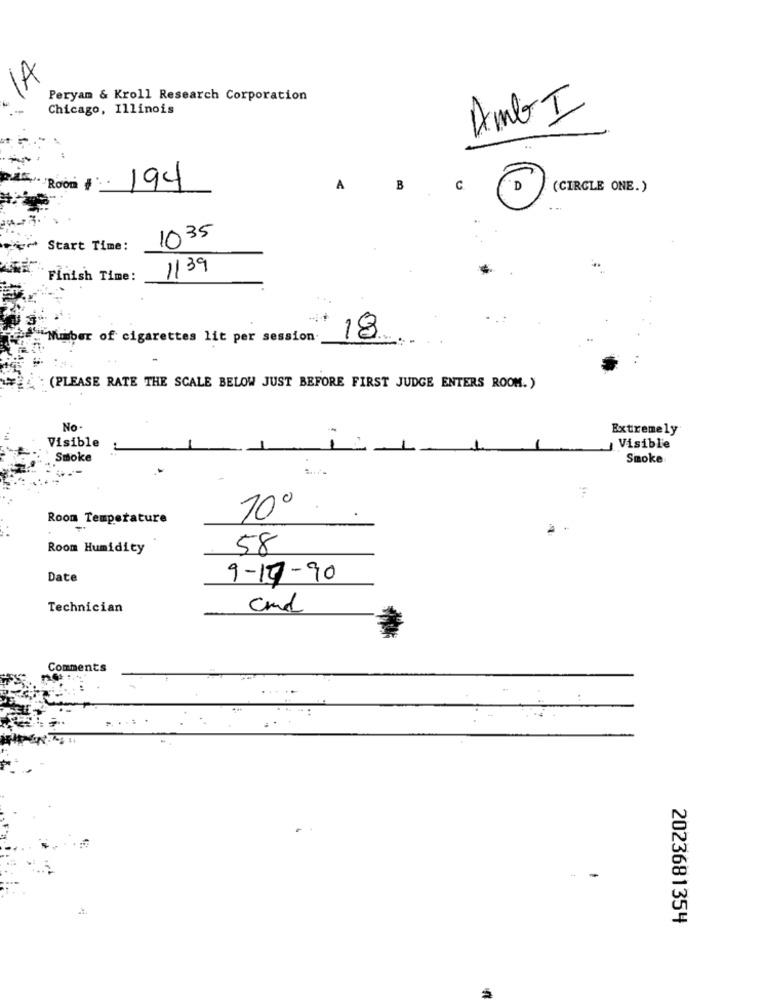
IA
Peryam & Kroll Research Corporation
Chicago, Illinois
AMBT
*Roon #
194
A
B
C
"D
(CIRCLE ONE.)
1035
Start Time:
1139
Finish Time:
...
.Number of cigarettes lit per session.
18
(PLEASE RATE THE SCALE BELOW JUST BEFORE FIRST JUDGE ENTERS ROOM. )
No.
Extremely
Visible
Visible
Smoke
Smoke
Room Temperature
200.
-
Room Humidity
58
Date
9-17-90
Technician
and
Comments
-
2023681354